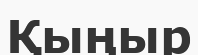
Қыңыр